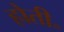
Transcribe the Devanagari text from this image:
होती॰